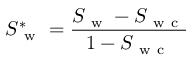
S _ { \mathrm { ~ w ~ } } ^ { * } = \frac { S _ { \mathrm { ~ w ~ } } - S _ { \mathrm { ~ w ~ c ~ } } } { 1 - S _ { \mathrm { ~ w ~ c ~ } } }